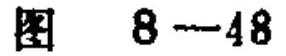
图 \(8 - 48\)